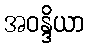
အဝန္ဒိယာ